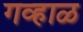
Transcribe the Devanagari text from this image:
गव्हाळ